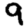
Digit: 9